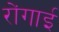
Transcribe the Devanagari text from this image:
रोंगाई